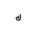
Letter: _lam